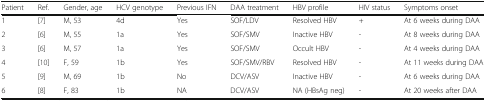
| Patient | Ref. | Gender, age | HCV genotype | Previous IFN | DAA treatment | HBV profile | HIV status | Symptoms onset |
 | --- | --- | --- | --- | --- | --- | --- | --- | --- |
 | 1 | [7] | M, 53 | 4d | Yes | SOF/LDV | Resolved HBV | + | At 6 weeks during DAA |
 | 2 | [6] | M, 55 | 1a | Yes | SOF/SMV | Inactive HBV | - | At 8 weeks during DAA |
 | 3 | [6] | M, 57 | 1a | Yes | SOF/SMV | Occult HBV | - | At 4 weeks during DAA |
 | 4 | [10] | F, 59 | 1b | Yes | SOF/SMV/RBV | Resolved HBV | - | At 11 weeks during DAA |
 | 5 | [9] | M, 69 | 1b | No | DCV/ASV | Inactive HBV | - | At 6 weeks during DAA |
 | 6 | [8] | F, 83 | 1b | NA | DCV/ASV | NA (HBsAg neg) | - | At 20 weeks after DAA |